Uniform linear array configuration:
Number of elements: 12
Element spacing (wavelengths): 1
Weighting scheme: kaiser
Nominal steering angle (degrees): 45
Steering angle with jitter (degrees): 46.3
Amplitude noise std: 0.05
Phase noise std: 0.05

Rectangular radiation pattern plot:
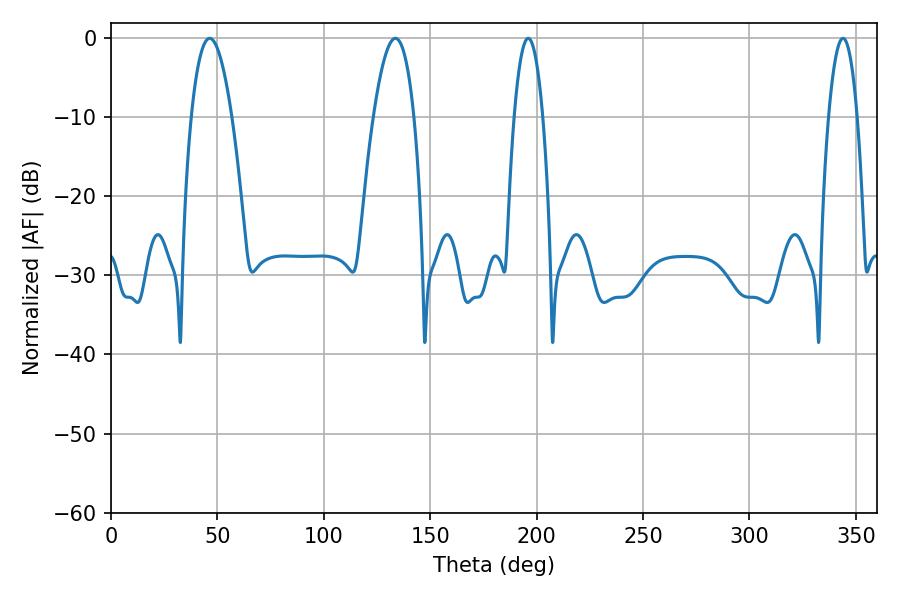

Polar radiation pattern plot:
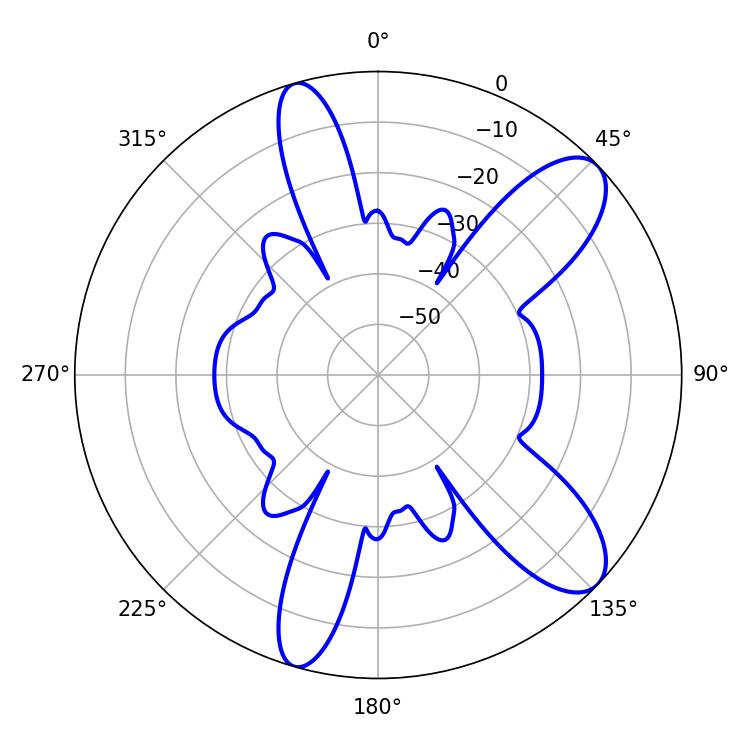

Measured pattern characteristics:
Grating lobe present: TRUE
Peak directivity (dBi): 9.815
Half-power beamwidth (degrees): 7.38
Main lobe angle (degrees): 343.98